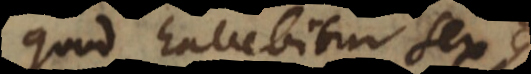
quod habebitur sex.